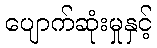
ပျောက်ဆုံးမှုနှင့်